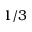
1 / 3